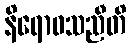
နိရောဓသညီတိ